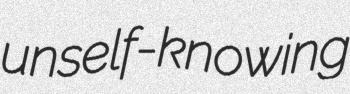
unself-knowing